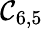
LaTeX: \mathcal{C}_{6,5}